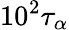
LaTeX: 10^{2}\tau_{\alpha}